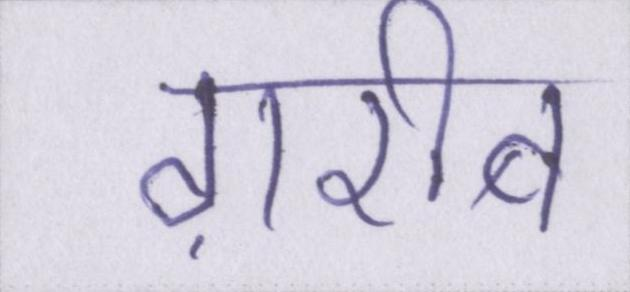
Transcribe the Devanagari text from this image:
ग़रीब